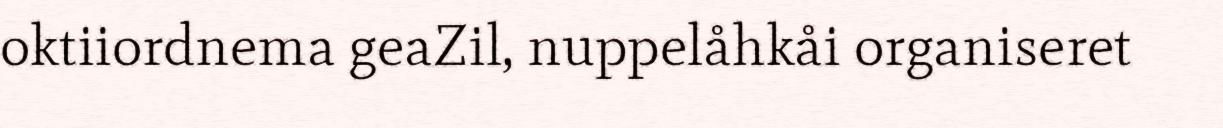
oktiiordnema geaZil, nuppelåhkåi organiseret